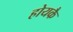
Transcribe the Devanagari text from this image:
होयकै